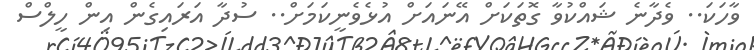
ވާހަކަ.. ވެދާނެ ޝައްކުވާ ގޮތަކަށް އޭނައަށް އުޅެވެނީކަމަށް.. ސުދާ އަރައިގެން އިން ހީލްސް